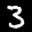
Label: 3